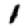
Digit: 1